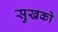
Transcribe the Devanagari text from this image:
सुखको